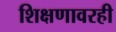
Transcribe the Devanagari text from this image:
शिक्षणावरही